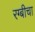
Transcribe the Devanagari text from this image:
रग्बीचा